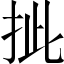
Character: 㧗